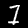
Digit: 7